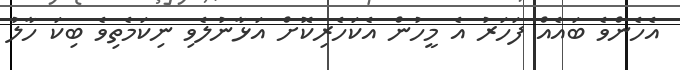
އެހެންވެ ބައެއް ފަހަރު އެ މީހުން އެކަހެރިކޮށް އަޅާނުލެވި ނިކަމެތިވެ ބިކަ ހާލު